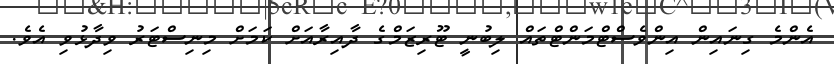
އެންމެ ގިނައިން އިންވެސްޓްމަންޓްތައް ލިބުނީ ޓޫރިޒަމްގެ ދާއިރާއަށް ކަމަށް މިނިސްޓަރު ވިދާޅުވި އެވެ.